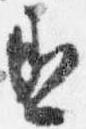
丞